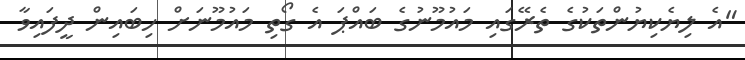
"އެ ލިޔެކިޔުންތަކުގެ ތެރޭގައި މައުމޫނުގެ ބައްޕަ އެ ގޯތި މައުމޫނަށް ހިބައިން ދީފައިވާ